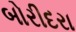
બોરીદરા